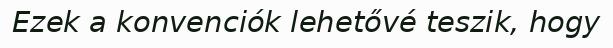
Ezek a konvenciók lehetővé teszik, hogy